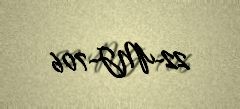
22-MJ-706